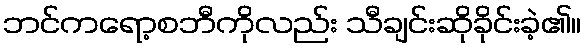
ဘင်ကရော့စဘီကိုလည်း သီချင်းဆိုခိုင်းခဲ့၏။